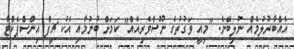
އެއްބާރުލުމެއް ނުލިބޭނެ. "މިއީ ވަގުތުގެ ނޫސްވެރިއެއް" ކަމަށް ބުނުމާއި އެކު ޗީފް އިންސްޕެކްޓާ